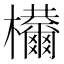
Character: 𣡋